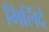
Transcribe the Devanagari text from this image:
मिलिंदे